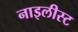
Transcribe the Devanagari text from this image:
नाइलीस्ट